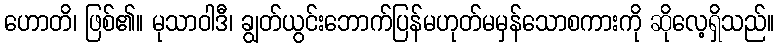
ဟောတိ၊ ဖြစ်၏။ မုသာဝါဒီ၊ ချွတ်ယွင်းဘောက်ပြန်မဟုတ်မမှန်သောစကားကို ဆိုလေ့ရှိသည်။